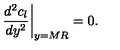
\left. { \frac { d ^ { 2 } c _ { l } } { d y ^ { 2 } } } \right| _ { y = M R } = 0 .